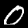
Digit: 0